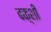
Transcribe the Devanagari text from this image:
बक़्शी